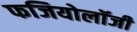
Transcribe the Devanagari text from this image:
फजियोलॉजी